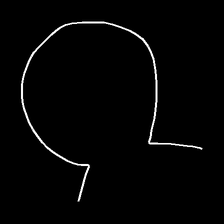
Glyph: weave